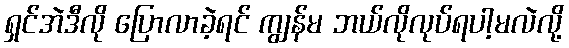
ရှင်အဲဒီလို ပြောလာခဲ့ရင် ကျွန်မ ဘယ်လိုလုပ်ရပါ့မလဲလို့